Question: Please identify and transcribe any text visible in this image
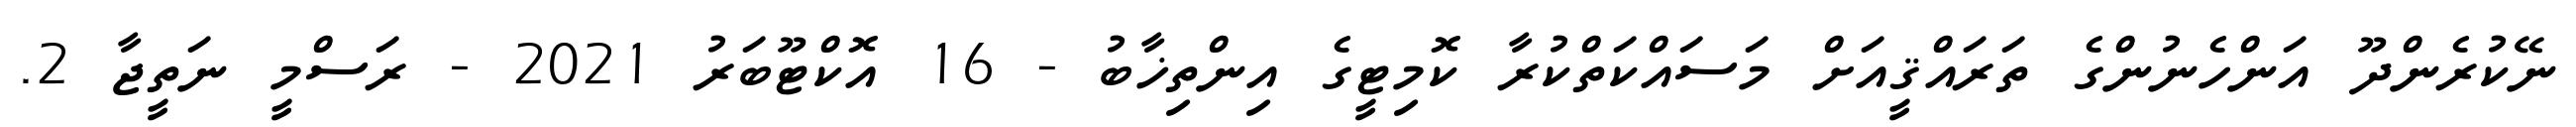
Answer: ނޭކުރެންދޫ އަންހެނުންގެ ތަރައްޤީއަށް މަސައްކަތްކުރާ ކޮމިޓީގެ އިންތިޚާބު - 16 އޮކްޓޫބަރު 2021 - ރަސްމީ ނަތީޖާ 2.